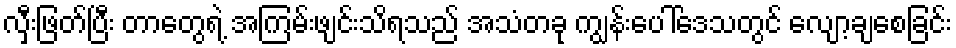
လှီးဖြတ်ပြီး တာတွေရဲ့ အကြမ်းဖျင်းသိရသည် အသံတခု ကျွန်းပေါ်ဒေသတွင် လျော့ချစေခြင်း